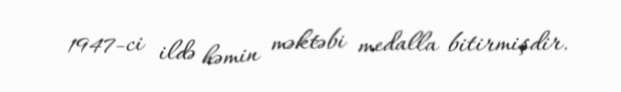
1947-ci ildə həmin məktəbi medalla bitirmişdir.